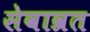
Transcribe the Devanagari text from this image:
सेवाव्रत